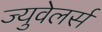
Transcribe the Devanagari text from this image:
ज्युवेलर्स